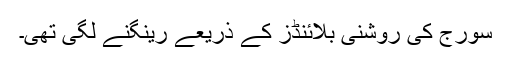
سورج کی روشنی بلائنڈز کے ذریعے رینگنے لگی تھی۔